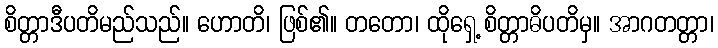
စိတ္တာဒီပတိမည်သည်။ ဟောတိ၊ ဖြစ်၏။ တတော၊ ထိုရှေ့ စိတ္တာဓိပတိမှ။ အာဂတတ္တာ၊